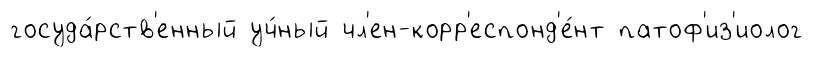
госуда́рств'енный уч́ный чл'ен-корр'еспонд'е́нт патоф'из'иолог